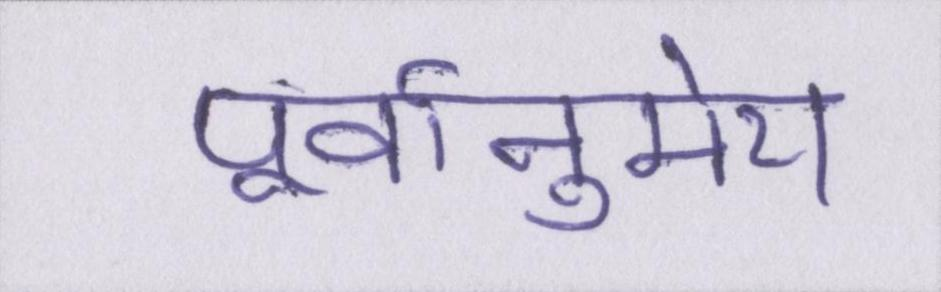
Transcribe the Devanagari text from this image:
पूर्वानुमेय